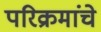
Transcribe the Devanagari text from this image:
परिक्रमांचे